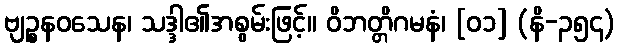
ဗျဉ္စနဝသေန၊ သဒ္ဒါ၏အစွမ်းဖြင့်။ ဝိဘတ္တိဂမနံ၊ [၀၁] (နိ-၃၅၄)